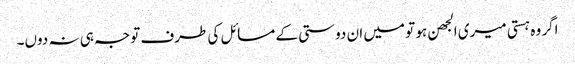
اگر وہ ہستی میری الجھن ہو تو میں ان دوستی کے مسائل کی طرف توجہ ہی نہ دوں۔